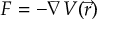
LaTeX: F = - \nabla V ( { \vec { r } } )